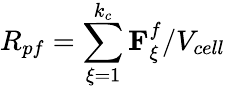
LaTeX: R_{pf}=\sum_{\xi=1}^{k_{c}}\mathbf{F}_{\xi}^{f}/V_{cell}